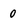
Character: 0